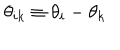
LaTeX: \theta _ { i k } \equiv \theta _ { i } - \theta _ { k }